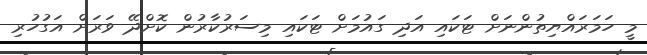
މީ ހަމަރައްޔިތުންނަށް ޓަކައި އަދި ގައުމަށް ޓަކައި މިސަރުކާރުން ކޮށްދޭ ވަރަށް އަގުހުރި